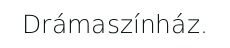
Drámaszínház.